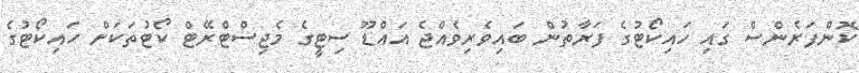
ކޮންފަރެންސް ގައި ހައިކޯޓުގެ ފަރާތުން ބައިވެރިވެއްޖެ އައްޑޫ ސިޓީގެ މެޖިސްޓްރޭޓް ކޯޓުތަކަށް ހައިކޯޓުގެ